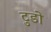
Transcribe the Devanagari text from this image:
टुडो